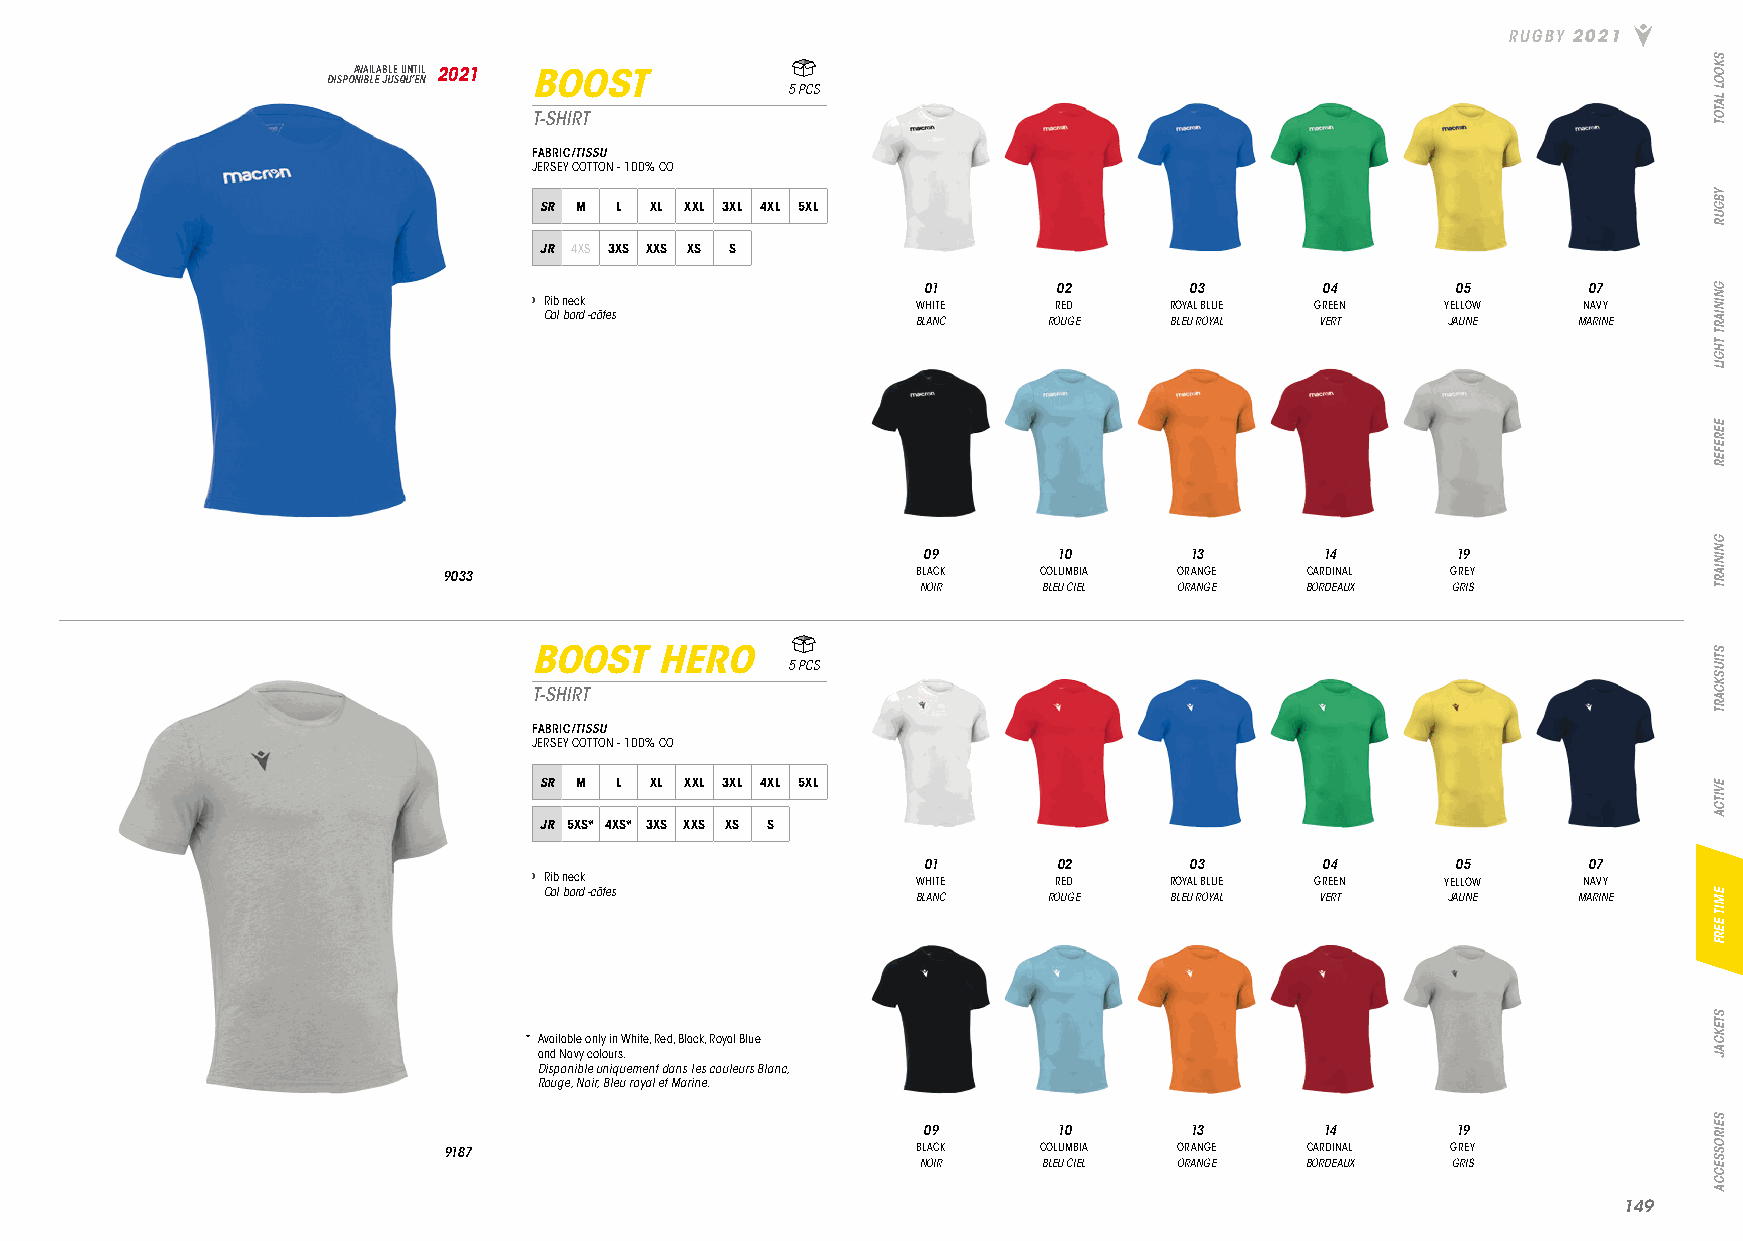
RUGBY 2021
 DISPOA NV IBA LIL EA JB ULE S QU UN ’T EI NL 2021 BOOST
 5 PCS
 T-SHIRT
 FABRIC/TISSU
 JERSEY COTTON - 100% CO
 SR M L XL XXL 3XL 4XL 5XL
 JR 4XS 3XS XXS XS S
 01       02       03      04       05       07
 › Rib neck                WHITE    RED    ROYAL BLUE GREEN   YELLOW   NAVY
 Col bord -côtes
 BLANC   ROUGE   BLEU ROYAL VERT    JAUNE   MARINE
 09       10       13       14      19
 9033                            BLACK   COLUMBIA ORANGE  CARDINAL  GREY
 NOIR    BLEU CIEL ORANGE BORDEAUX  GRIS
 BOOST   HERO
 5 PCS
 T-SHIRT
 FABRIC/TISSU
 JERSEY COTTON - 100% CO
 SR M L XL XXL 3XL 4XL 5XL
 JR 5XS* 4XS* 3XS XXS XS S
 01       02       03      04       05       07
 › Rib neck                WHITE    RED    ROYAL BLUE GREEN   YELLOW   NAVY
 Col bord -côtes          BLANC   ROUGE   BLEU ROYAL VERT    JAUNE   MARINE
 Available only in White, Red, Black, Royal Blue
 and Navy colours.
 Disponible uniquement dans les couleurs Blanc,
 Rouge, Noir, Bleu royal et Marine.
 09       10       13       14      19
 9187                            BLACK   COLUMBIA ORANGE  CARDINAL  GREY
 NOIR    BLEU CIEL ORANGE BORDEAUX  GRIS
 114499
 SKOOL
 LATOT
 YBGUR
 GNINIART
 THGIL
 EEREFER
 GNINIART
 STIUSKCART
 EVITCA
 EMIT
 EERF
 STEKCAJ
 SEIROSSECCA